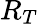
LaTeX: R_{T}